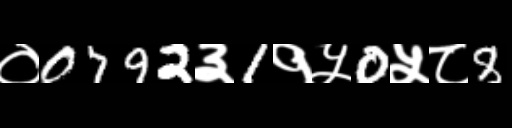
Text: ०0792३1१५0५८8